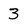
Character: 3